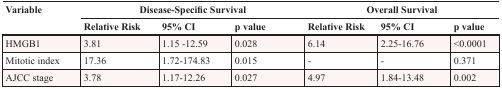
| Variable | <COLSPAN=3> Disease-Specific Survival | <COLSPAN=3> Overall Survival |
 |  | Relative Risk | 95% CI | p value | Relative Risk | 95% CI | p value |
 | --- | --- | --- | --- | --- | --- | --- |
 | HMGB1 | 3.81 | 1.15 -12.59 | 0.028 | 6.14 | 2.25-16.76 | <0.0001 |
 | Mitotic index | 17.36 | 1.72-174.83 | 0.015 | - | - | 0.371 |
 | AJCC stage | 3.78 | 1.17-12.26 | 0.027 | 4.97 | 1.84-13.48 | 0.002 |